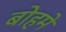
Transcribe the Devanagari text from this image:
बोहमे